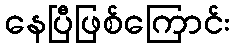
နေပြီဖြစ်ကြောင်း